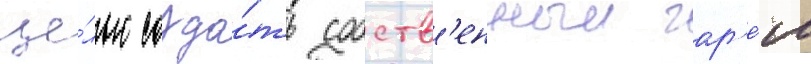
це́лью созда́ть собств'енныи гар'е́м